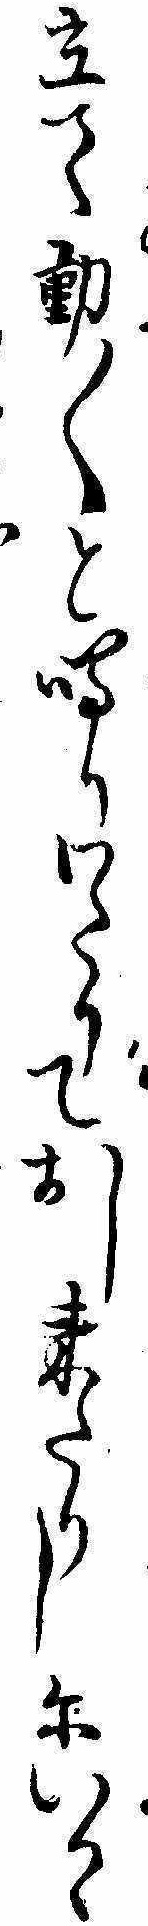
立て動〱と鳴りわたりておし来たりしにいかゝ